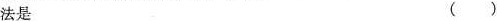
法是()